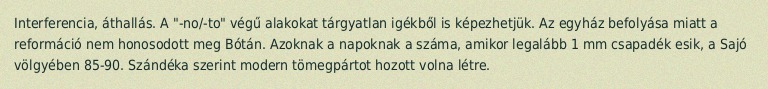
Interferencia, áthallás. A "-no/-to" végű alakokat tárgyatlan igékből is képezhetjük. Az egyház befolyása miatt a reformáció nem honosodott meg Bótán. Azoknak a napoknak a száma, amikor legalább 1 mm csapadék esik, a Sajó völgyében 85-90. Szándéka szerint modern tömegpártot hozott volna létre.